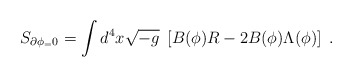
\begin{align*}S_{\partial \phi_=0}= \int d^4x \sqrt{-g}\; \left[ B(\phi)R -2B(\phi) \Lambda(\phi) \right]\;.\end{align*}